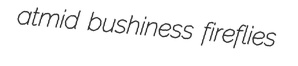
atmid bushiness fireflies